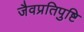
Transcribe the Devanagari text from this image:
जैवप्रतिपुष्टि